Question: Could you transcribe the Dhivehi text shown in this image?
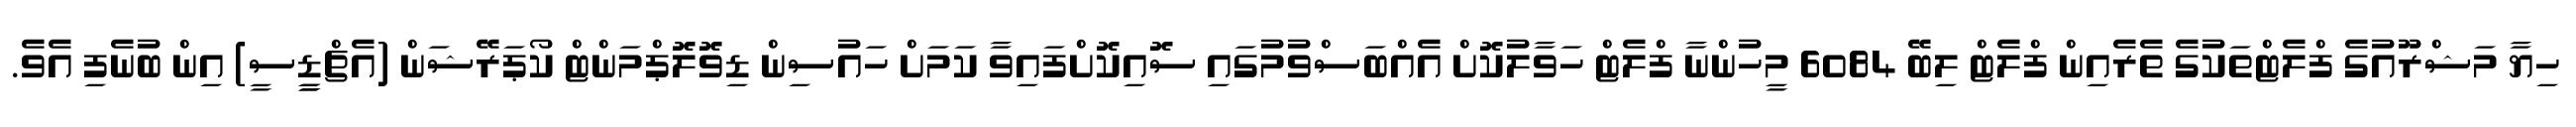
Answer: ހިޔާ މަޝްރޫއުގެ ފްލެޓްތަކުގެ ތެރެއިން ފްލެޓް ލިބޭ 6084 މީހުންނާ ފްލެޓް ހަވާލުކޮށް އެއްބަސްވުމުގައި ސޮއިކޮށްފައިވާ ކަމަށް ހައުސިން ޑިވޮލޮޕްމަންޓް ކޯޕަރޭޝަން (އެޗްޑީީސީ) އިން ބުނެފި އެވެ.